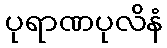
ပုရာဏပုလိနံ